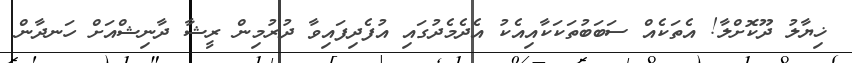
ޚިޔާލު ދޫކޮށްލާ! އެތަކެއް ސަބަބުތަކަކާއިއެކު އެދެމެދުގައި އުފެދިފައިވާ ދުރުމިންް ރީޝާ ދާނިޝްއަށް ހަނދާން